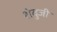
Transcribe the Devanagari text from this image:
शेवुजी